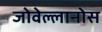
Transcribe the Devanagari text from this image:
जोवेल्लानोस